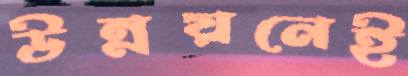
উন্নয়নেই